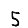
Digit: 5